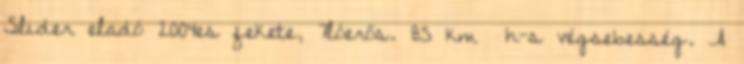
Slider eladó 2004es fekete, 7lóerős. 85 km h-s végsebesség. A